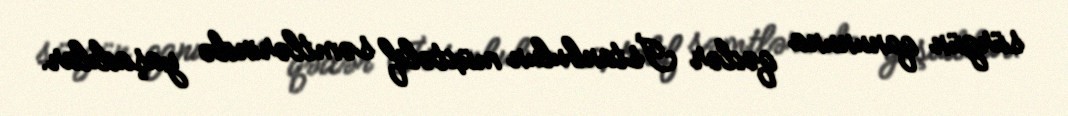
sürgün qanununa qədər İstanbulun müxtəlif səmtlərində yaşadılar.